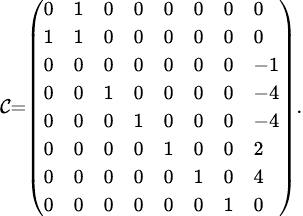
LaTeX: \scriptstyle\mathcal{C}={\left(\begin{array}{llllllll}{0}&{1}&{0}&{0}&{0}&{0}&{0}&{0}\\ {1}&{1}&{0}&{0}&{0}&{0}&{0}&{0}\\ {0}&{0}&{0}&{0}&{0}&{0}&{0}&{-1}\\ {0}&{0}&{1}&{0}&{0}&{0}&{0}&{-4}\\ {0}&{0}&{0}&{1}&{0}&{0}&{0}&{-4}\\ {0}&{0}&{0}&{0}&{1}&{0}&{0}&{2}\\ {0}&{0}&{0}&{0}&{0}&{1}&{0}&{4}\\ {0}&{0}&{0}&{0}&{0}&{0}&{1}&{0}\end{array}\right)}.